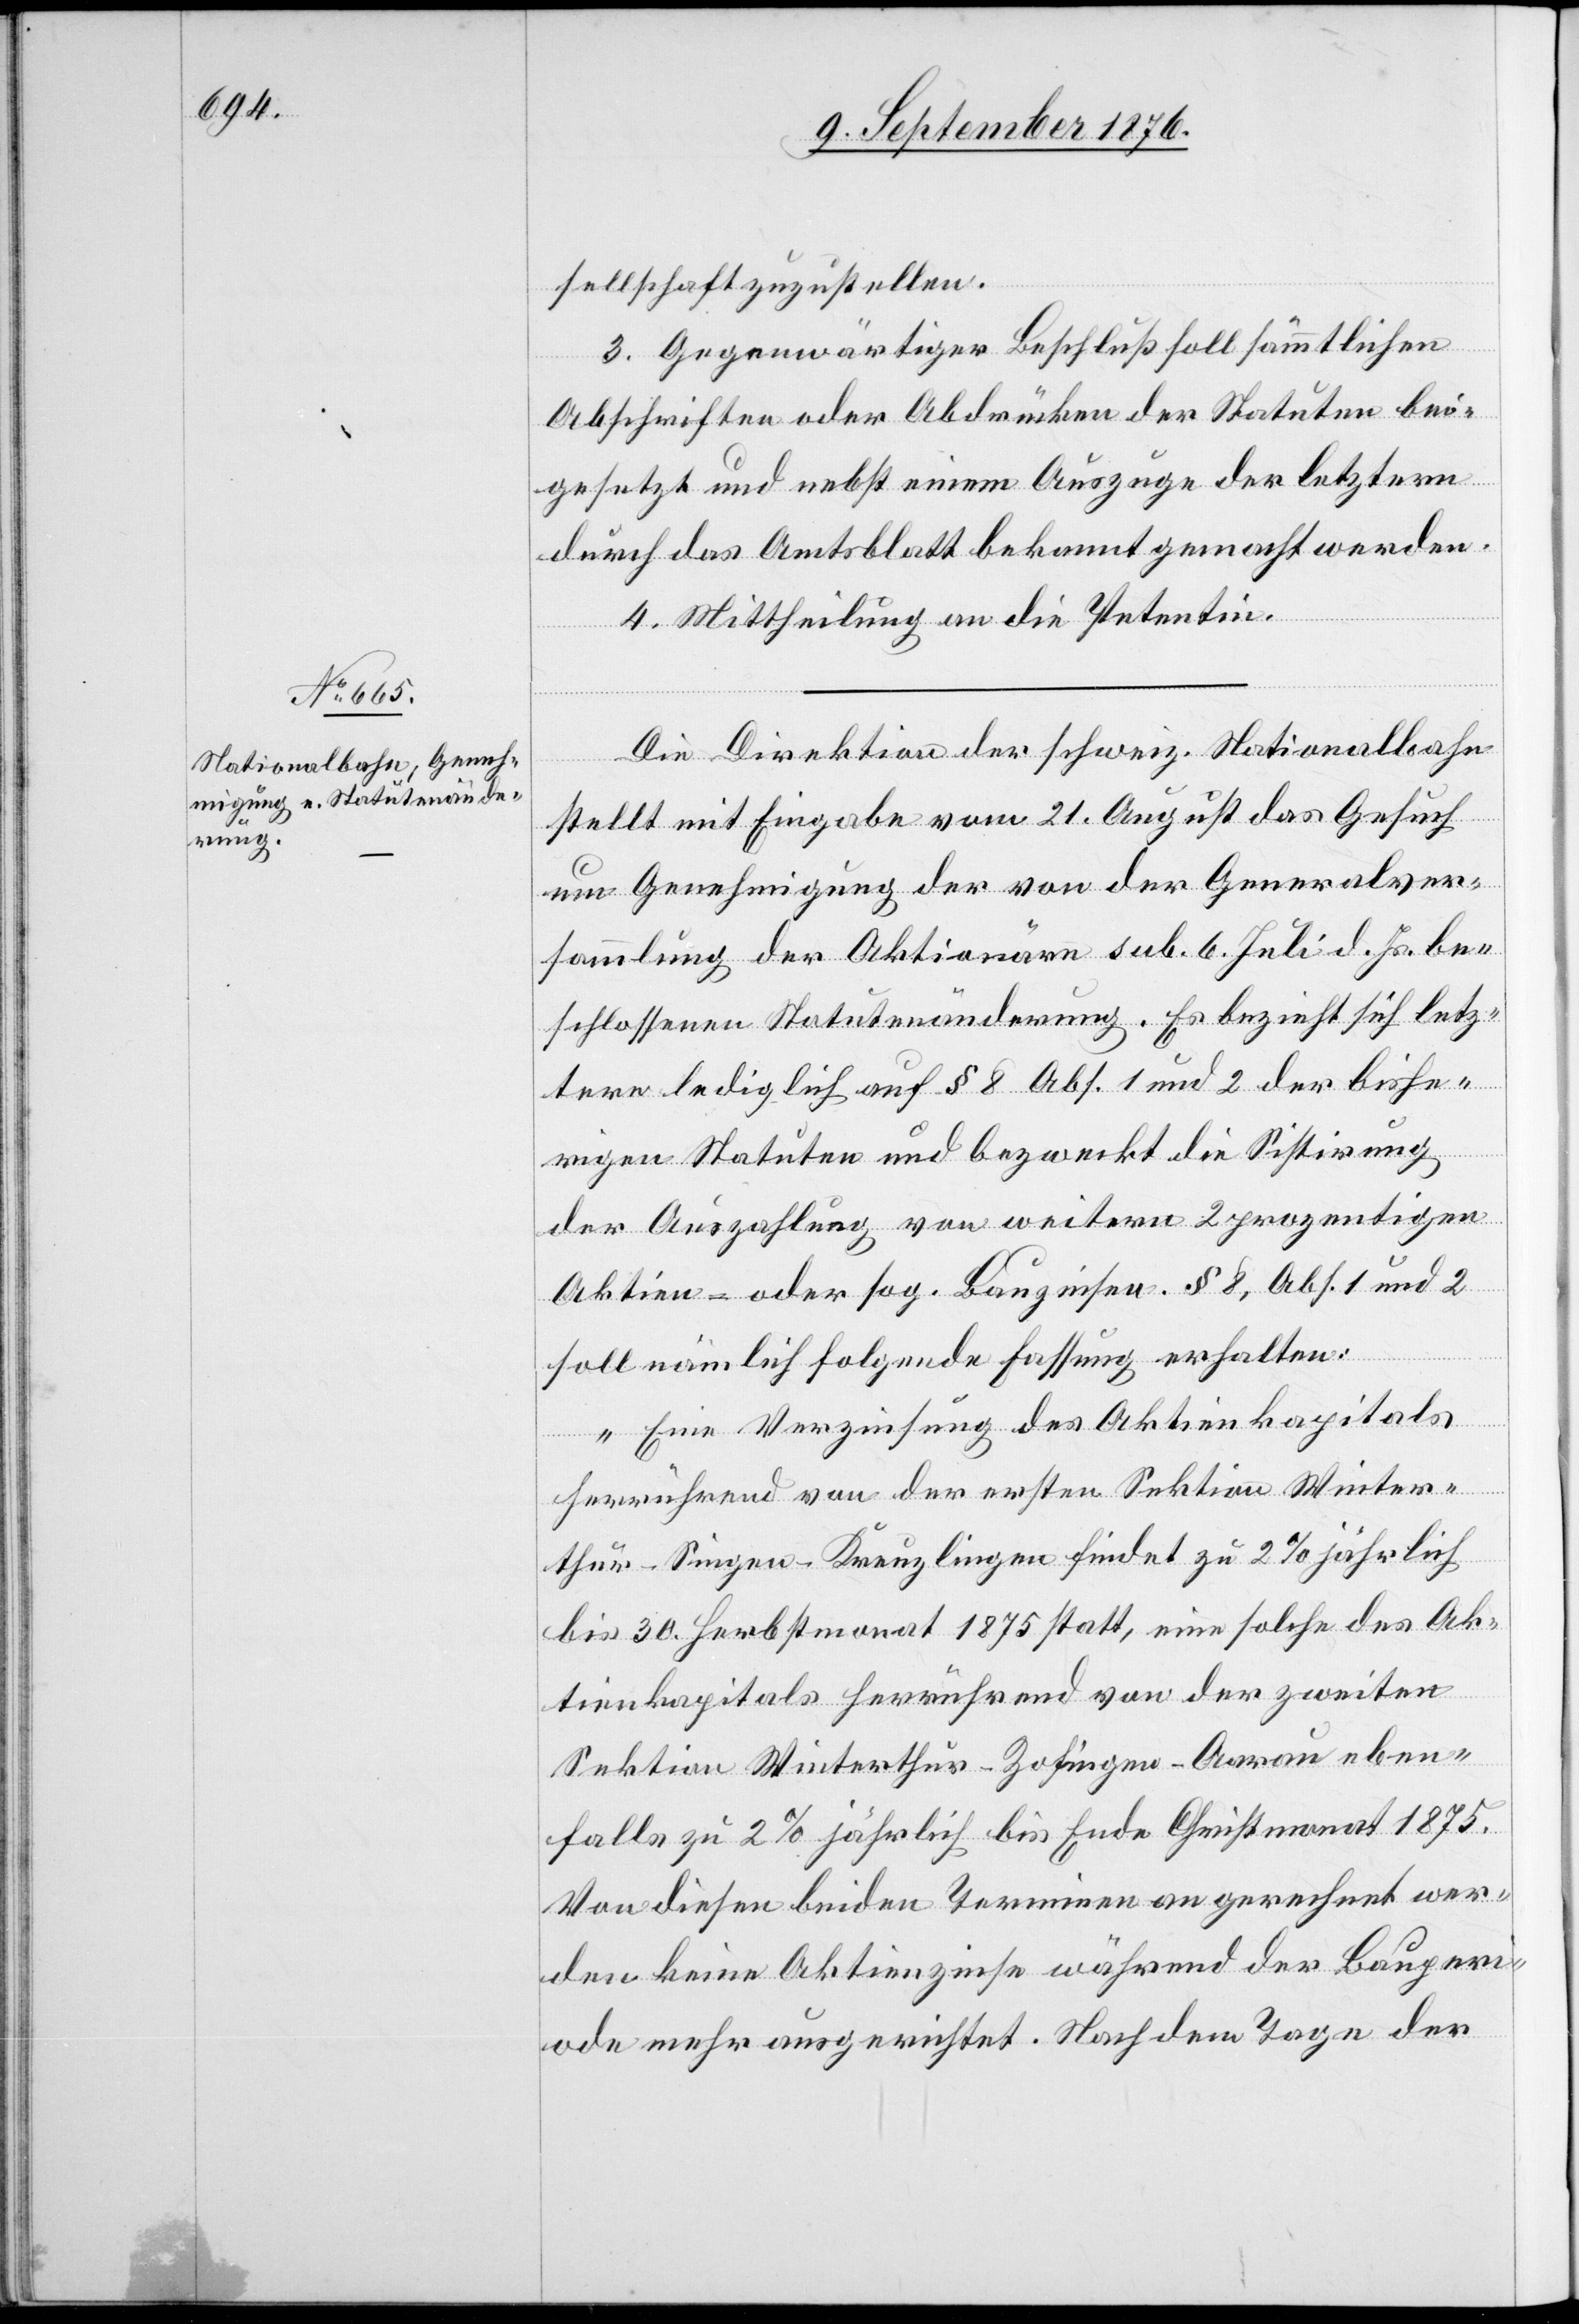
sellschaft zuzustellen.
3. Gegenwärtiger Beschluß soll sämmtlichen
Abschriften oder Abdrücken der Statuten bei¬
gesetzt und nebst einem Auszuge der letztern
durch das Amtsblatt bekannt gemacht werden.
4. Mittheilung an die Petentin.
Die Direktion der schweiz. Nationalbahn
stellt mit Eingabe vom 21. August das Gesuch
um Genehmig der von der Generalver¬
sammlung der Aktionäre sub. 6 Juli d. Js. be¬
schlossenen Statutenänderung. Es bezieht sich letz¬
tere lediglich auf § 8 Abs. 1 und 2 der bishe¬
rigen Statuten und bezweckt die Sistirung
der Auszahlung von weitern 2 prozentigen
Aktien – oder sog. Bauzinsen. § 8, Abs. 1 und 2
soll nämlich folgende Fassung erhalten:
„Eine Bezinsung des Aktienkapitals
herrührend von der ersten Sektion Winter¬
thur–Singen–Kreuzlingen findet zu 2% jährlich
bis 30. Herbstmonat 1875 statt, eine solche des Ak¬
tienkapitals herrührend von der zweiten
Sektion Winterthur–Zofingen–Aarau eben¬
falls zu 2% jährlich bis Ende Christmonat 1875.
Von diesen beiden Terminen an gerechnet wer¬
den keine Aktienzinse während der Bauperi¬
ode mehr ausgerichtet. Nach dem Tage der